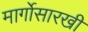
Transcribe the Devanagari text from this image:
मार्गोसारखी